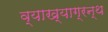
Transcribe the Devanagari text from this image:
व्याख्याग्रन्थ